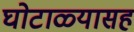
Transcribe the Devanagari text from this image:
घोटाळ्यासह